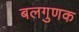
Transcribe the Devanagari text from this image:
बलगुणक